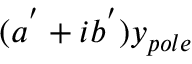
( a ^ { ' } + i b ^ { ' } ) y _ { p o l e }